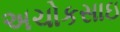
અચોકસાઇ